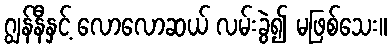
ဂျွန်နီနှင့် လောလောဆယ် လမ်းခွဲ၍ မဖြစ်သေး။